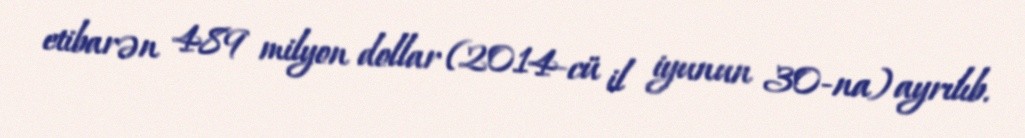
etibarən 489 milyon dollar (2014-cü il iyunun 30-na) ayrılıb.